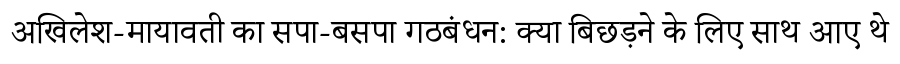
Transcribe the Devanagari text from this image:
अखिलेश-मायावती का सपा-बसपा गठबंधन: क्या बिछड़ने के लिए साथ आए थे